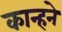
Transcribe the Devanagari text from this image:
कान्हने